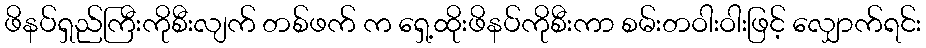
ဖိနပ်ရှည်ကြီးကိုစီးလျက် တစ်ဖက် က ရှေ့ထိုးဖိနပ်ကိုစီးကာ စမ်းတဝါးဝါးဖြင့် လျှောက်ရင်း